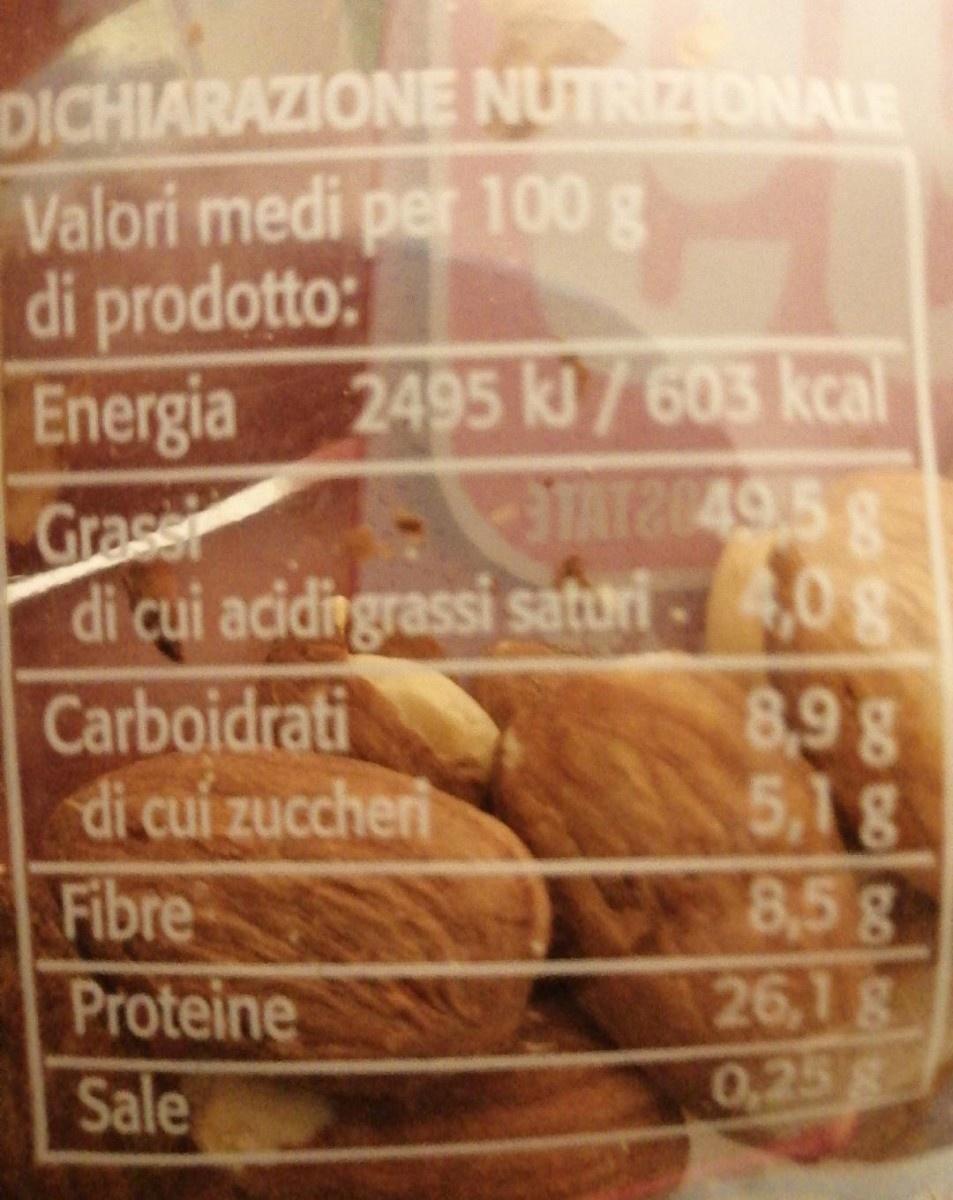
DICHIARAZIONE NUTRIZIONALE Valori medi per 100 g di prodotto: Energia 2495 kI/ 603 kcal Grase di cui acidingrassi satori -0g Carboidrati di cui zuccheri Fibre Proteine Sale
TATE049.5
8,9g 5,18 8,5g 26,1g 0,25g